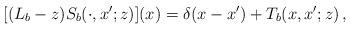
LaTeX: \begin{align*} [(L_b-z)S_b(\cdot,x';z)](x)=\delta(x-x')+T_b(x,x';z)\,,\end{align*}